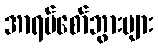
အာရပ်စော်ဘွားများ